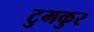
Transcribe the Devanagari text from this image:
टुमकुर